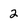
Character: 2